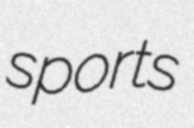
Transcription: sports